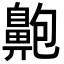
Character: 䶌